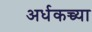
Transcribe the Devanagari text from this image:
अर्धकच्च्या